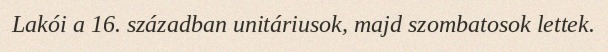
Lakói a 16. században unitáriusok, majd szombatosok lettek.